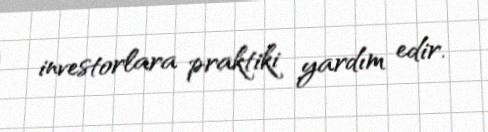
investorlara praktiki yardım edir.